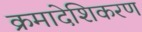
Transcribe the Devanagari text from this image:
क्रमादेशिकरण